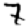
Digit: 7